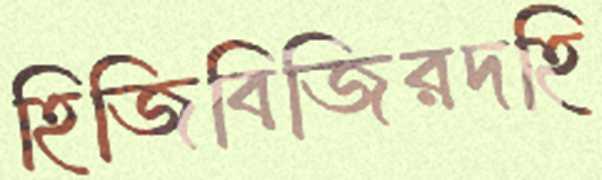
হিজিবিজিরদহি